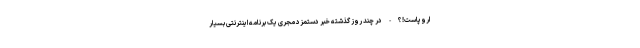
اروپاست!؟ - در چند روز گذشته خبر دستمزد مجری یک برنامه اینترنتی بسیار